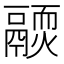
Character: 𩱊